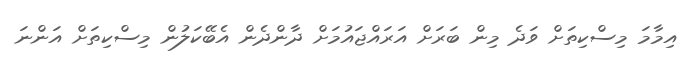
އިމާމަ މިސްކިތަށް ވަދެ މިން ބަރަށް އަރައްޖައުމަށް ދާންދެން އެބޭކަލުން މިސްކިތަށް އަންނަ